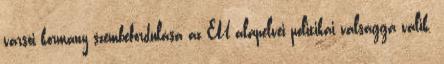
varsói kormány szembefordulása az EU alapelvei politikai válsággá válik.